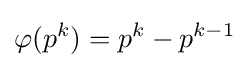
\varphi (p^{k})=p^{k}-p^{k-1}